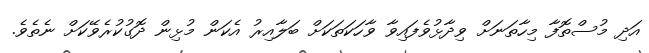
އަދި މުސްތޮފާ މިހާތަނަށް ވިދާޅުވެފައިވާ ވާހަކަތަކަށް ބަލާއިރު އެކަން މުޅިން ދޮގުކުރެވޭކަށް ނެތެވެ.